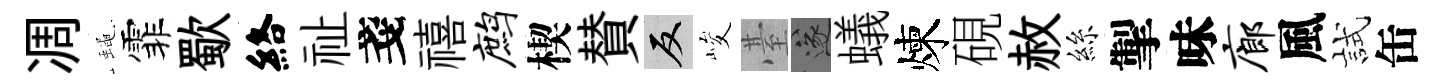
凋蠅霏歜絡祉戔禧鹧楔賛反峻䑓遂蟻煉硯赦絲掣味廊風試缶